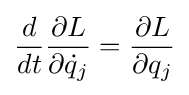
{\frac {d}{dt}}{\frac {\partial L}{\partial {\dot {q}}_{j}}}={\frac {\partial L}{\partial q_{j}}}